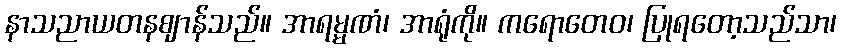
နာသညာယတနဈာန်သည်။ အာရမ္မဏံ၊ အာရုံကို။ ကရောတေဝ၊ ပြုရတော့သည်သာ၊